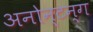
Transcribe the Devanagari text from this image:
अनोन्टन्ग